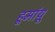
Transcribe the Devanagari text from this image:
हूमांयू